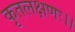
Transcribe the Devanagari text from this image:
कृतलक्षणः।।